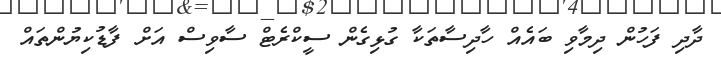
ދާދި ފަހުން ދިމާވި ބައެއް ހާދިސާތަކާ ގުޅިގެން ސީކްރެޓް ސާވިސް އަށް ފާޑުކިޔުންތައް